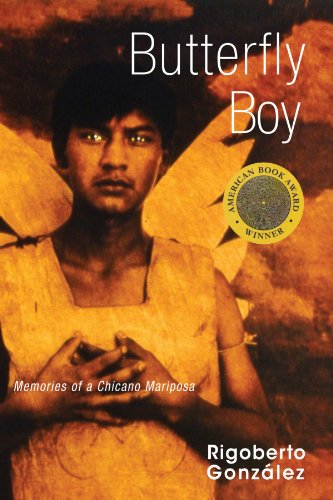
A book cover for Butterfly Boy: Memories of a Chicano Mariposa (Writing in Latinidad); Rigoberto GonzÃ¡lez; Biographies & Memoirs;